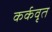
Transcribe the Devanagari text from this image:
कर्कवृत